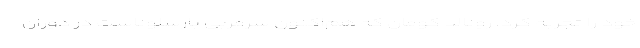
خود را تجربه کرد. رونالد کومان که هم‌اکنون سرمربی بارسلوناست در دوران